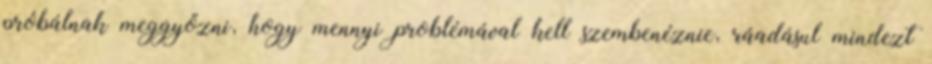
próbálnak meggyőzni, hogy mennyi problémával kell szembenéznie, ráadásul mindezt